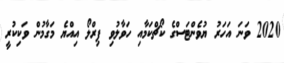
2020 ވަނަ އަހަރު ޔުވެންޓަސްގެ ކޯޗްކަމާއި ހަވާލުވި ޕިރްލޯ އިއްޔެ މަގާމުން ވަކިކުރީ